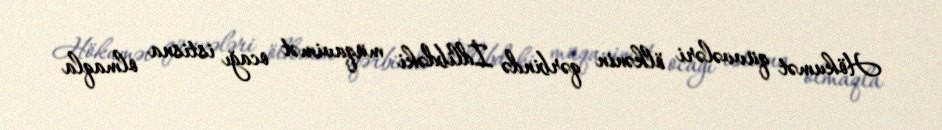
Hökumət qüvvələri ölkənin qərbində İdlibdəki müqavimət ocağı istisna olmaqla